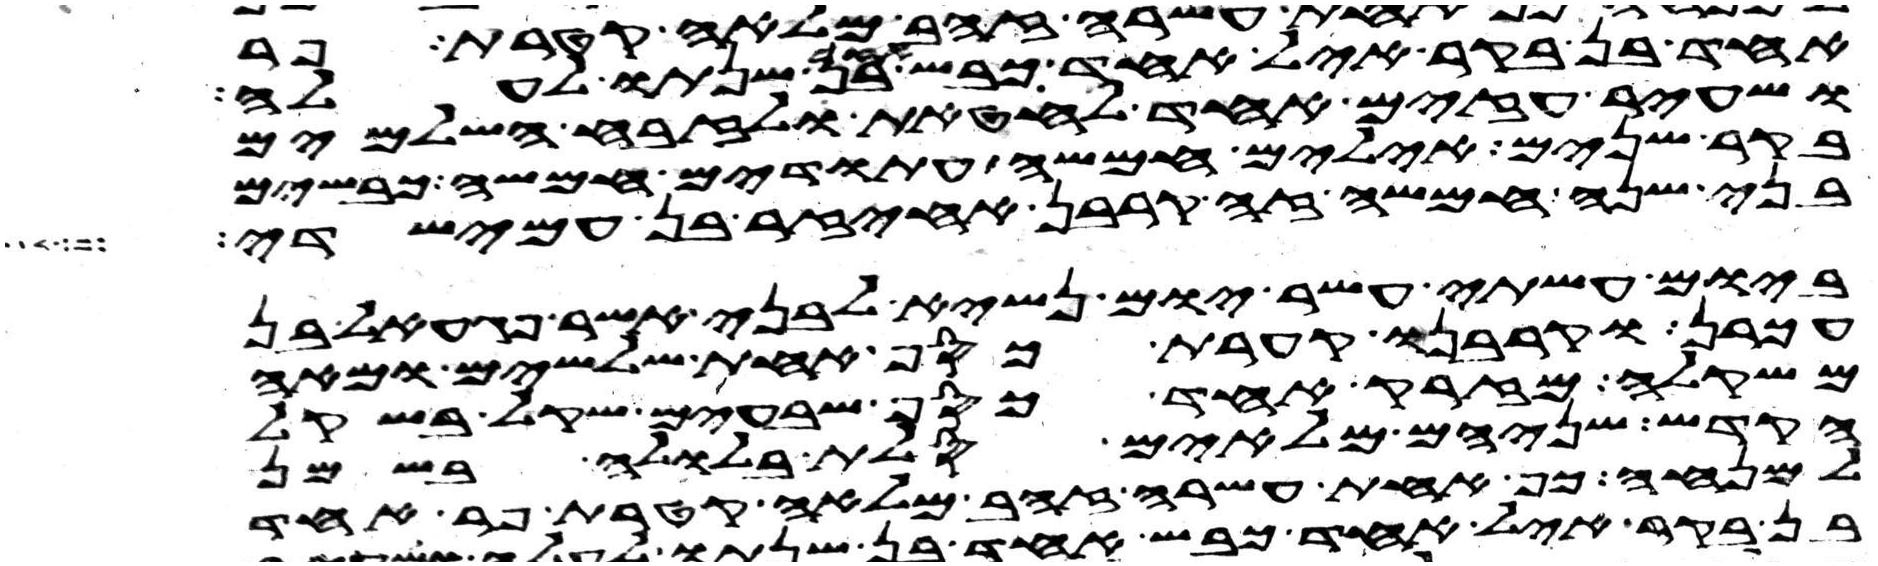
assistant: אחד בן בקר איל אחד כבש אחד בן שנתו לעלה
ושעיר עזים אחד לחטאת ולזבח השלמים
בקר שנים אילים חמשה עתודים חמשה כבשים
בני שנה חמשה זה קרבן אחיעזר בן עמישדי
ביום עשתי עשר יום נשיא לבני אשר פגעאל בן
עכרן וקרבנו קערת כסף אחת שלשים ומאה
משקלה מזרק אחד כסף שבעים שקל בשקל
הקדש שניהם מלאים סלת בלולה בשמן
למנחה כף אחת עשרה זהב מלאה קטרת פר אחד